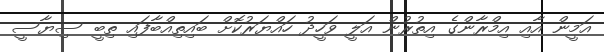
އަމީން އާއި އިމްރާންގެ އިތުރުން އަލީ ވަހީދު ހައްޔަރުކޮށް ބައިތިއްބާފައި ތިބީ ސިޔާސީ